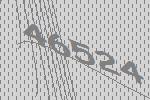
46524